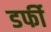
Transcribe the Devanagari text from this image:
डर्फी